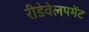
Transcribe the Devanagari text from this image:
रीडेवेलपमेंट